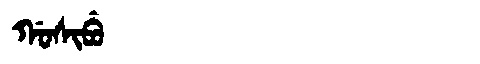
Manchu: ᡤᠣᠰᡳᠪᡠ
Romanization: GOSIBU